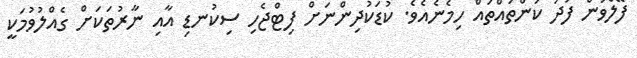
ފޭލްވުން ފަދަ ކަންތައްތައް ހިމެނެއެވެ. ކުޑަކުދިންނަށް ފިޓްޖެހި ސިކުނޑި އާއި ނާރުތަކަށް ގެއްލުވުމަކީ